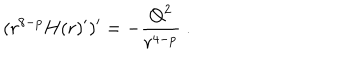
LaTeX: ( r ^ { 8 - p } H ( r ) ^ { \prime } ) ^ { \prime } = - \frac { Q ^ { 2 } } { r ^ { 4 - p } } \ .